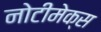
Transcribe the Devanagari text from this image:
नोटीमेक्स